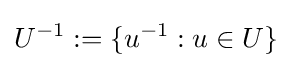
U^{-1}:=\{u^{-1}:u\in U\}